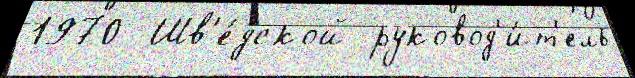
1970  Шв'е́дской руковод'и́т'ель